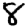
Digit: 8